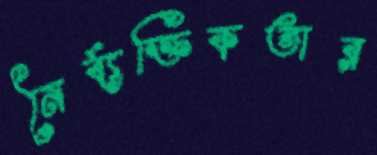
নৈর্ব্যক্তিকতার